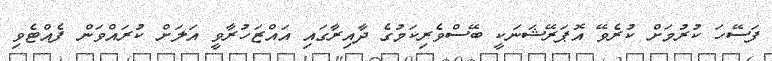
ފަސޭހަ ކުރުމަށް ކުރެވޭ އޮޕަރޭޝަނަކީ ބޭސްވެރިކަމުގެ ދާއިރާގައި އައްޒަހުރާވީ އަލަށް ކުރައްވަން ފެއްޓެވި